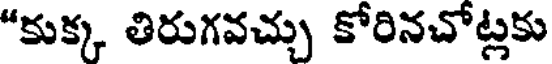
"కుక్క తిరుగవచ్చు కోరినచోట్లకు